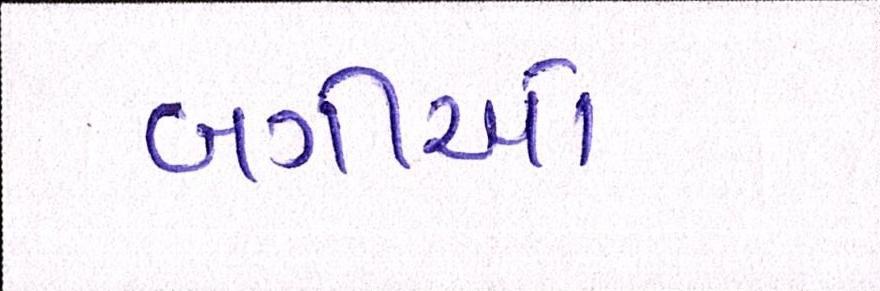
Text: બગીઓ